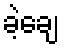
ခဲ့ချေ